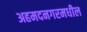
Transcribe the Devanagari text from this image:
अहमदनगरमधील